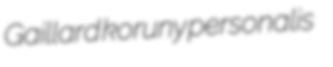
Gaillard koruny personalis